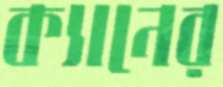
ক্যানের